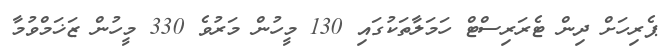
ޕެރިހަށް ދިން ޓެރަރިސްޓް ހަމަލާތަކުގައި 130 މީހުން މަރުވެ 330 މީހުން ޒަޚަމްވުމާ